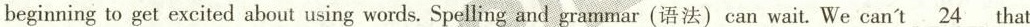
beginning to get excited about using words. Spelling and grammar (语法) can wait. We can't \underline{24} that